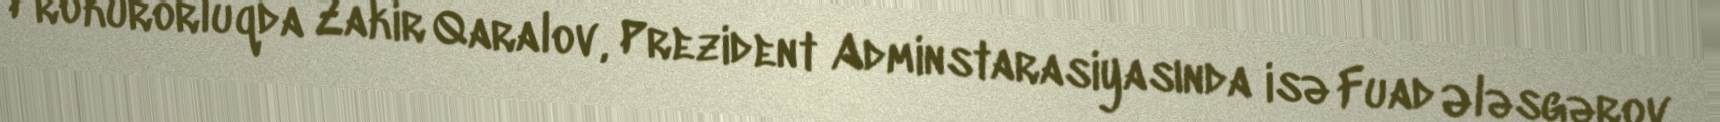
Prokurorluqda Zakir Qaralov, Prezident Adminstarasiyasında isə Fuad Ələsgərov